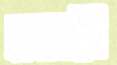
নোহারী